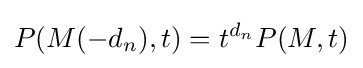
P(M(-d_{n}),t)=t^{d_{n}}P(M,t)